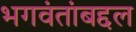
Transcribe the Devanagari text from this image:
भगवंतांबद्दल